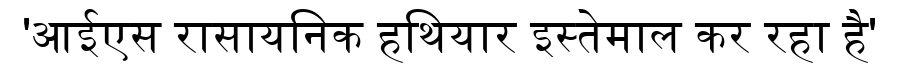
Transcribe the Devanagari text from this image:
'आईएस रासायनिक हथियार इस्तेमाल कर रहा है'